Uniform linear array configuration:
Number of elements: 48
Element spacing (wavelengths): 0.5
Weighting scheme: kaiser
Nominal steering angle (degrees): -30
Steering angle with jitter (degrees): -29.964
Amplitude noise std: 0.05
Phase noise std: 0.05

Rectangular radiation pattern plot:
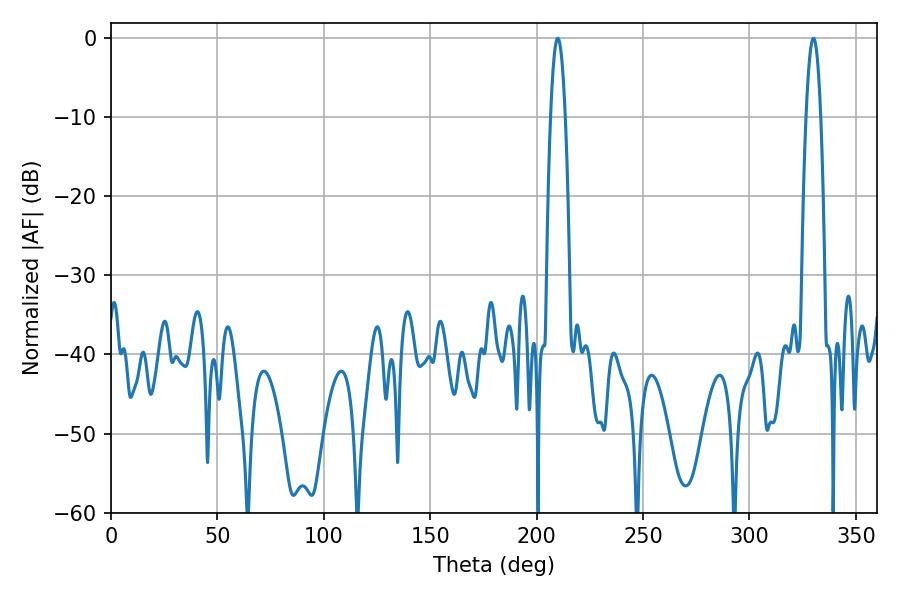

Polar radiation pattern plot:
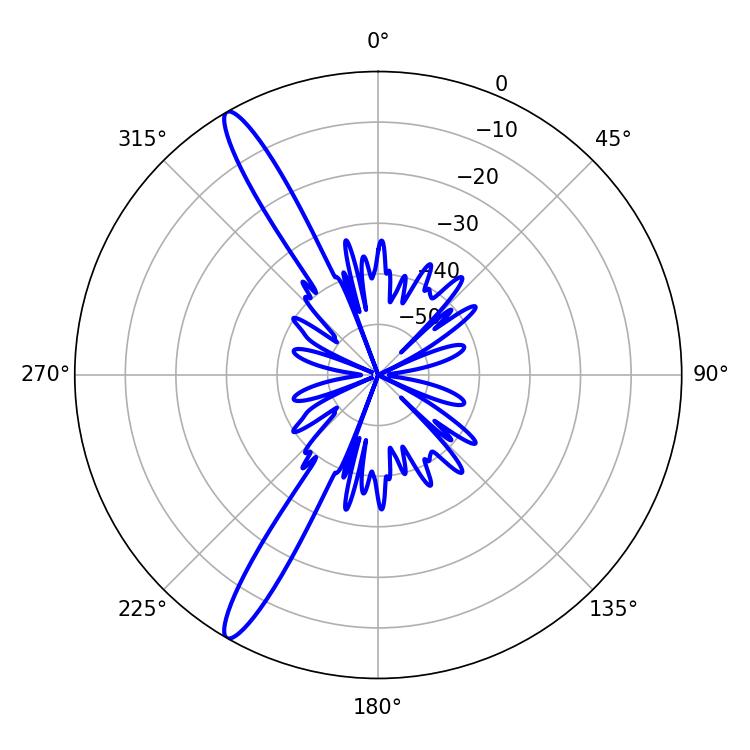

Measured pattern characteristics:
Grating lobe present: FALSE
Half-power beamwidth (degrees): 3.78
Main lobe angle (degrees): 209.88